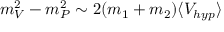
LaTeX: m _ { V } ^ { 2 } - m _ { P } ^ { 2 } \sim 2 ( m _ { 1 } + m _ { 2 } ) \langle V _ { h y p } \rangle